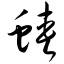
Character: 蛱